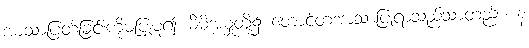
အာသာပြတ်ခြင်းကိုမပြုမူ၍ မိမိအမှုတို့၌ တောင့်တအာသာပြုရာသည်သာတည်း။ န